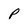
Character: P